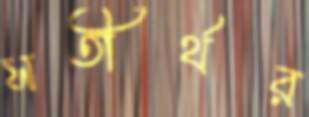
সতীর্থর